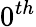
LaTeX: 0^{th}